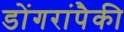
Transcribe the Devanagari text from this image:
डोंगरांपैकी